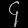
Digit: ၄